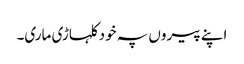
اپنے پیروں پہ خود کلہاڑی ماری۔